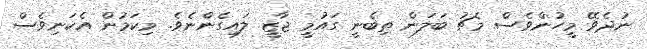
ނުދެވޭ މީހުންވެސް މެޗު ބަލަން ތިބެނީ ގައުމީ ޖާޒީ ލައިގެންނެވެ. މިކަމުން އެކަނިވެސް